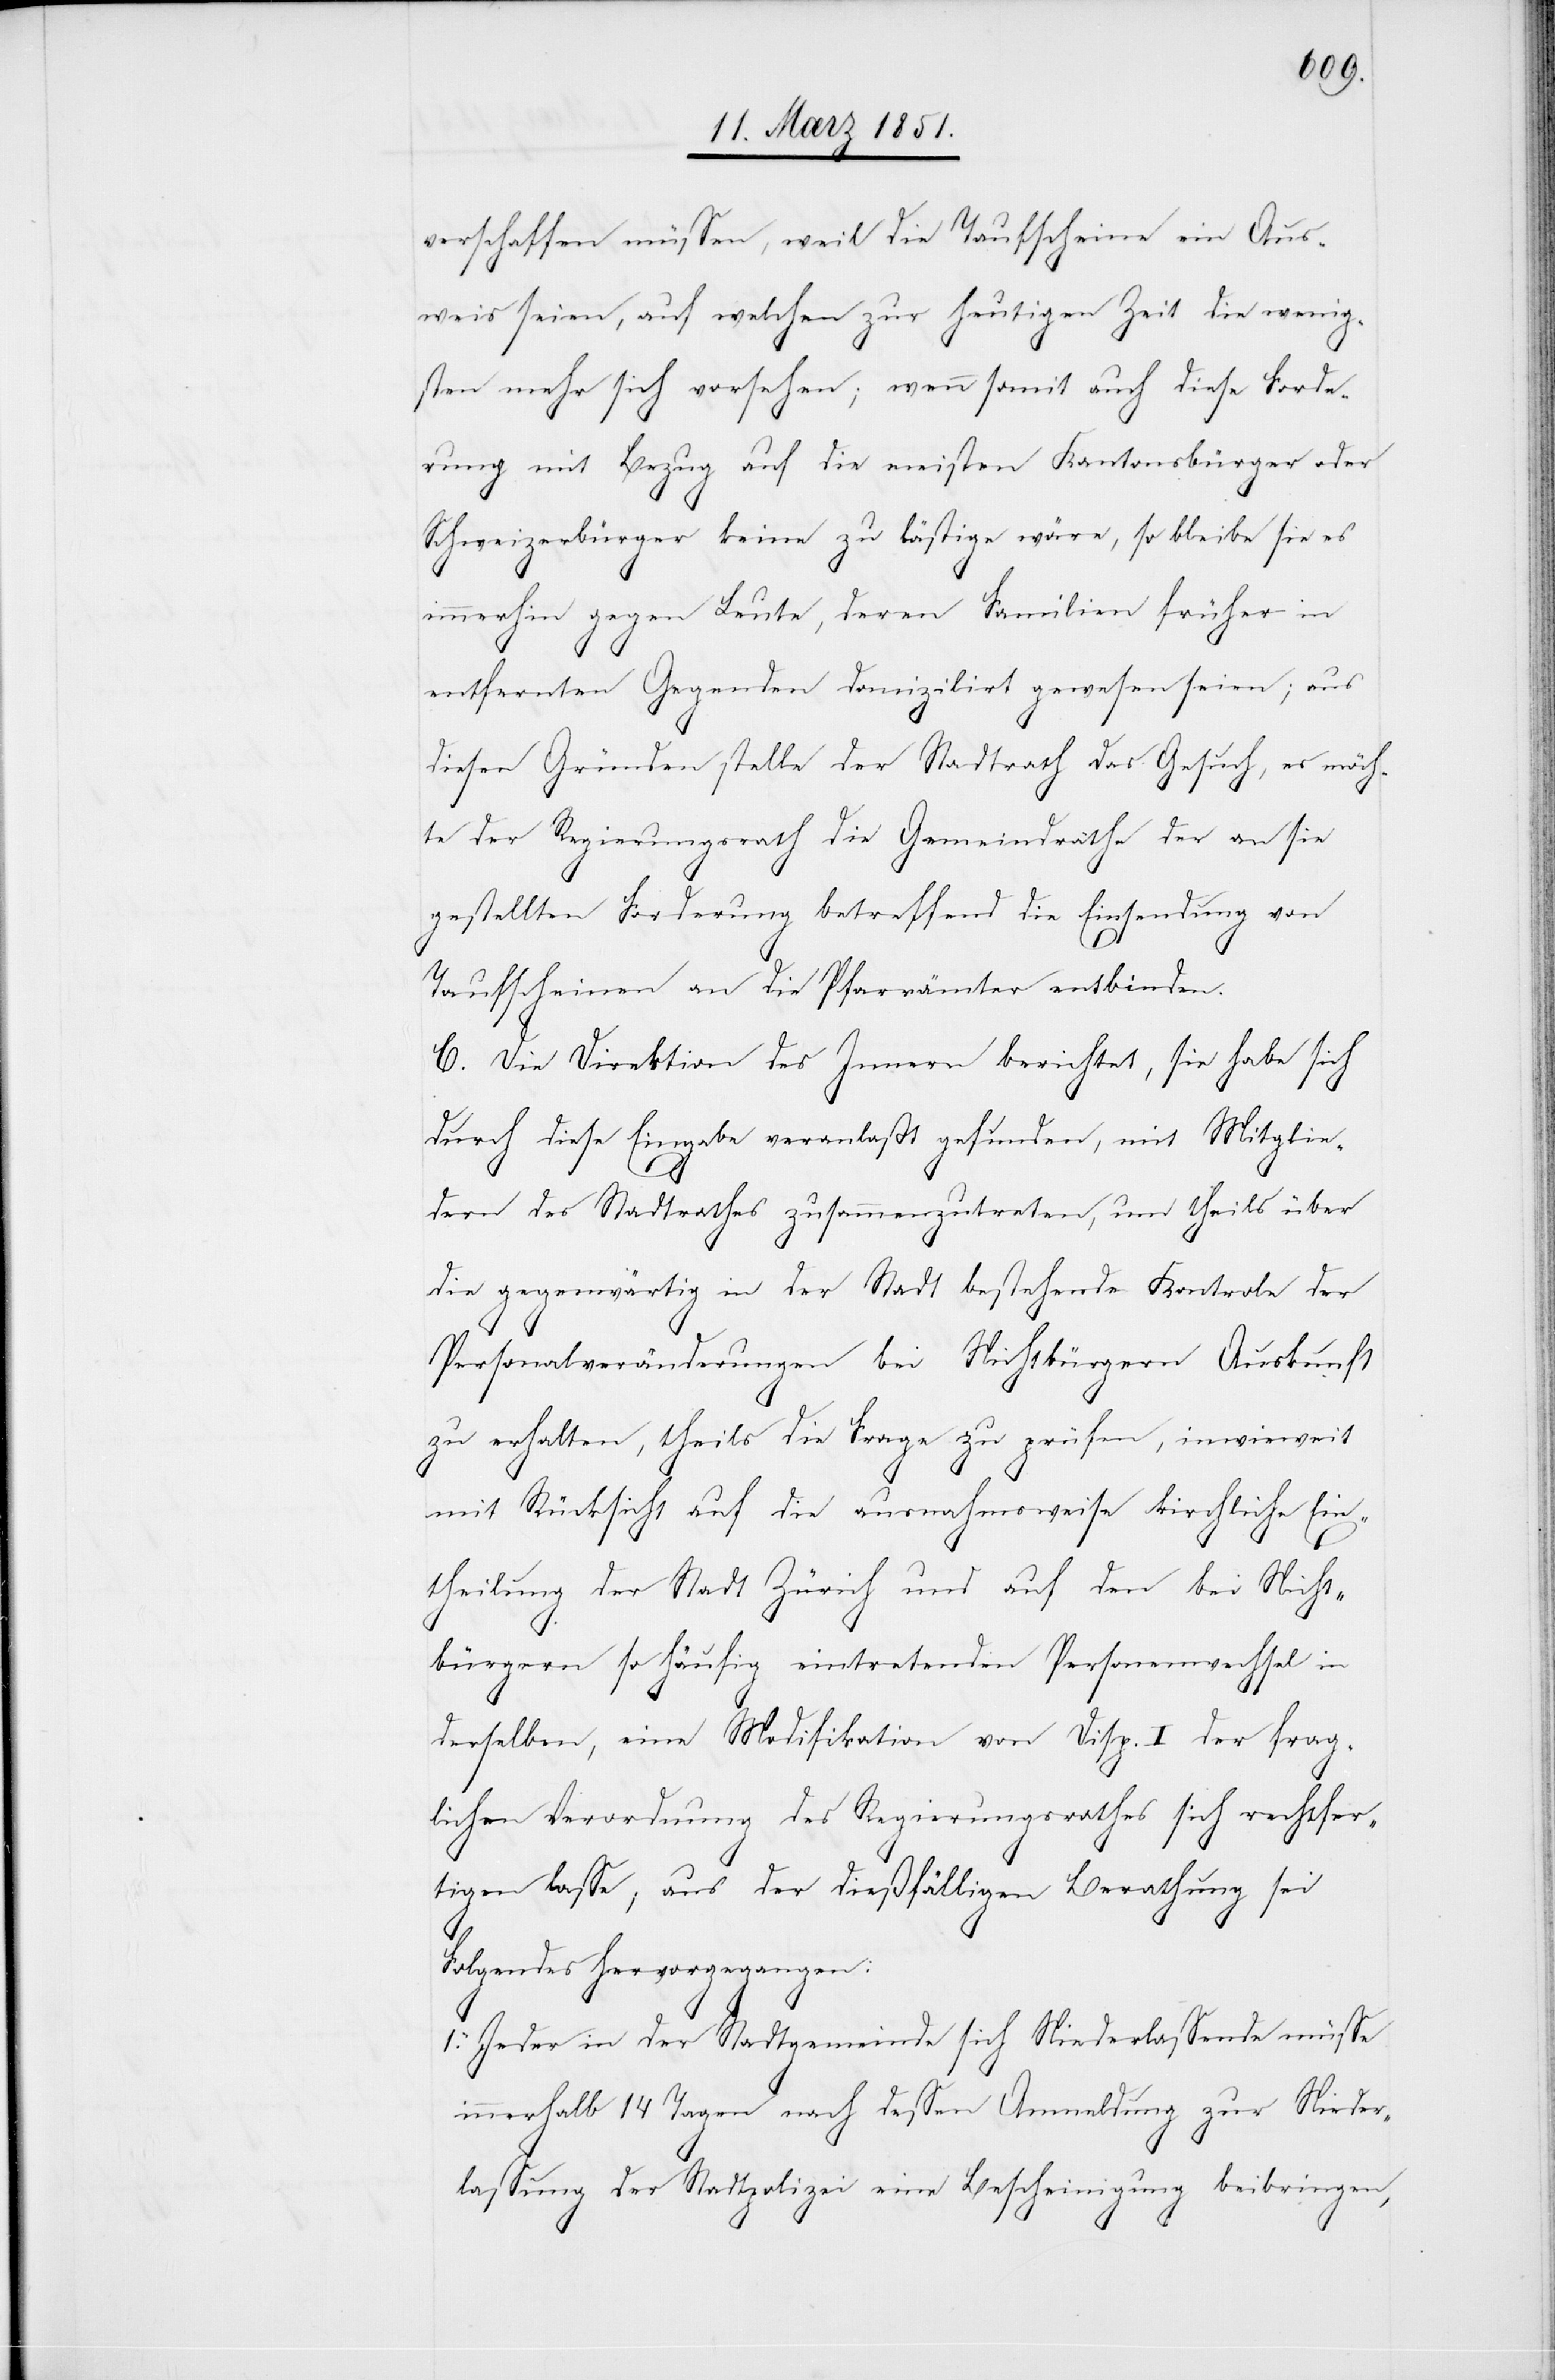
verschaffen müssen, weil die Taufscheine ein Aus¬
weis seien, auf welchen zur heutigen Zeit die wenig¬
sten mehr sich vorsehen; wenn somit auch diese Forde¬
rung mit Bezug auf die meisten Kantonsbürger oder
Schweizerbürger keine zu lästige wäre, so bleibe sie es
immerhin gegen Leute, deren Familien früher in
entfernten Gegenden domizilirt gewesen seien; aus
diesen Gründen stelle der Stadtrath das Gesuch, es möch¬
te der Regierungsrath die Gemeindräthe der an sie
gestellten Forderung betreffend die Einsendung von
Taufscheinen an die Pfarrämter entbinden.
C. Die Direktion des Innern berichtet, sie habe sich
durch diese Eingabe veranlaßt gefunden, mit Mitglie¬
dern des Stadtrathes zusammenzutreten, um theils über
die gegenwärtig in der Stadt bestehende Kontrole der
Personalveränderungen bei Nichtbürgern Auskunft
zu erhalten, theils die Frage zu prüfen, inwieweit
mit Rücksicht auf die ausnahmsweise kirchliche Ein¬
theilung der Stadt Zürich und auf den bei Nicht¬
bürgern so häufig eintretenden Personenwechsel in
derselben, eine Modifikation von Disp. I der frag¬
lichen Verordnung des Regierungsrathes sich rechtfer¬
tigen lasse, aus der dießfälligen Berathung sei
Folgendes hervorgegangen:
Jeder in der Stadtgemeinde sich Niederlassende müsse
innerhalb 14 Tagen nach dessen Anmeldung zur Nieder¬
lassung der Stadtpolizei eine Bescheinigung beibringen,